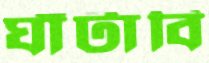
ঘাঁটাবি